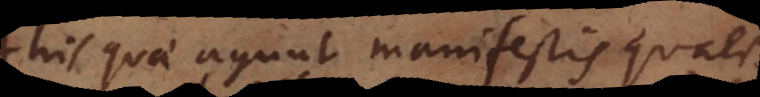
his quae agunt manifestis